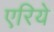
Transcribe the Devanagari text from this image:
एरिये